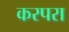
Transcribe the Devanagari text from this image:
करपरा